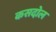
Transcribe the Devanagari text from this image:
कसदोल